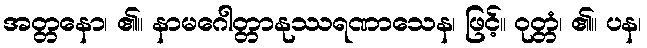
အတ္တနော၊ ၏။ နာမဂေါတ္တာနုဿရဏာသေန၊ ဖြင့်။ ဝုတ္တံ၊ ၏။ ပန၊